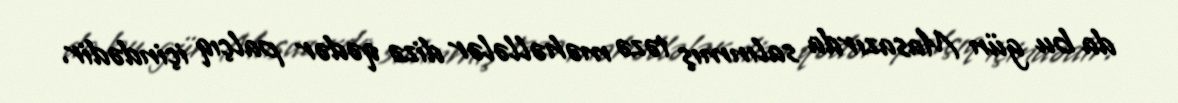
da bu gün Masazırda salınmış təzə məhəllələr dizə qədər palçıq içindədir.